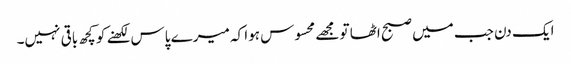
ایک دن جب میں صبح اٹھا تو مجھے محسوس ہوا کہ میرے پاس لکھنے کو کچھ باقی نہیں۔